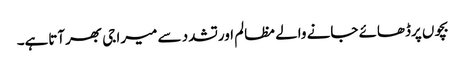
بچوں پرڈھائے جانے والے مظالم اورتشدد سے میرا جی بھرآتاہے۔